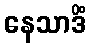
နေသာဒိံ